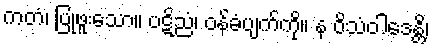
ကတံ၊ ပြုဖူးသော။ ပဋိညံ၊ ဝန်ခံပျက်ကို။ န ဝိသံဝါဒေန္တိ၊